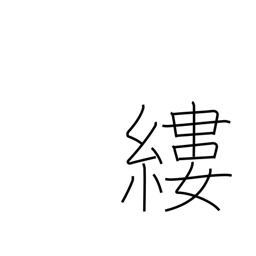
Meaning: thread